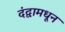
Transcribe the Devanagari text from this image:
दंद्वामधून